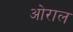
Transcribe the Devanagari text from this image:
ओराल